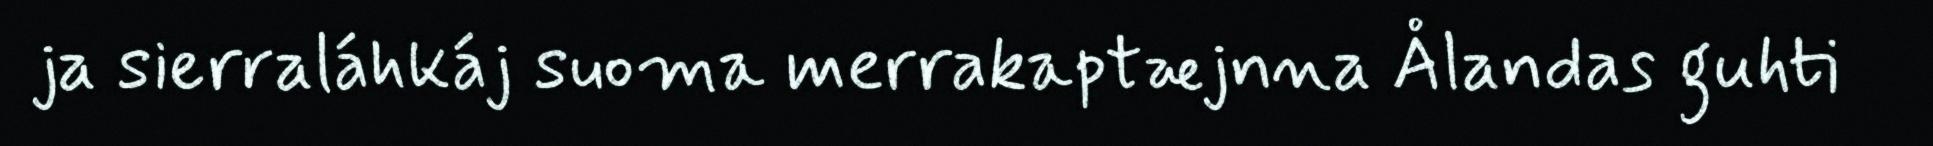
ja sierraláhkáj suoma merrakaptæjnna Ålandas guhti